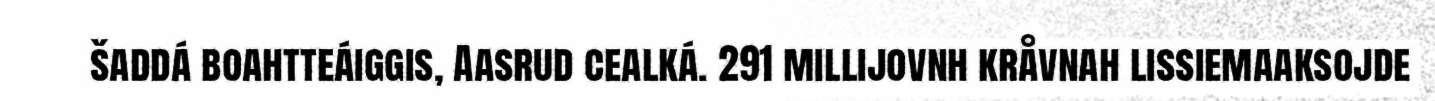
šaddá boahtteáiggis, Aasrud cealká. 291 millijovnh kråvnah lissiemaaksojde